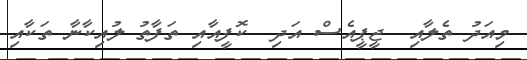
މިއަދު ތެލާއި  ޖީޕީއެސް އަދި  ކޮފީއާއި ތަފާތު ލުއިކާނާ ތަކާއި